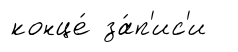
конце́ за́п'ис'и